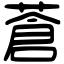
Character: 蒼